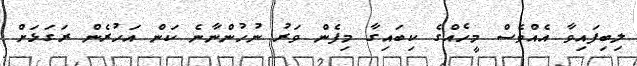
ލިބިފައިވާ އެއްވެސް މީހެއްގެ ކިބައިގާ މިފެން ވަރު ނުހުންނާނެ ކަން އަހުރެން ރަގަޅަށް